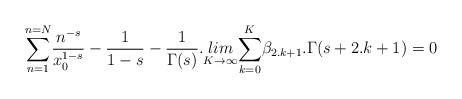
\begin{align*}\underset{n=1}{\overset{n=N}{\sum }}\frac{n^{-s}}{x_0^{1-s}}-\frac{1}{1-s}-\frac{1}{\Gamma (s)}.\underset{K\rightarrow \infty }{lim}\underset{k=0}{\overset{K}{\sum }}\beta _{2.k+1}.\Gamma (s+2.k+1)=0 \end{align*}